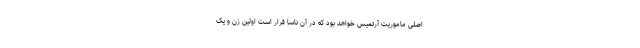
اصلی ماموریت آرتمیس خواهد بود که در آن ناسا قرار است اولین زن و یک